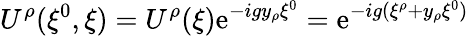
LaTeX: U^{\rho}(\xi^{0},\xi)=U^{\rho}(\xi)\mathrm{e}^{-igy_{\rho}\xi^{0}}=\mathrm{e}^{-ig(\xi^{\rho}+y_{\rho}\xi^{0})}